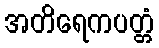
အတိရေကပတ္တံ